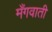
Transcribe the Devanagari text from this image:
मँगवाती